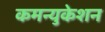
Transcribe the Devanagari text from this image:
कमन्युकेशन